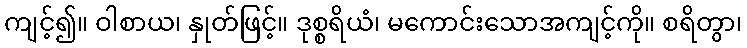
ကျင့်၍။ ဝါစာယ၊ နှုတ်ဖြင့်။ ဒုစ္စရိယံ၊ မကောင်းသောအကျင့်ကို။ စရိတွာ၊